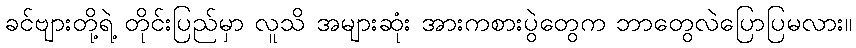
ခင်ဗျားတို့ရဲ့ တိုင်းပြည်မှာ လူသိ အများဆုံး အားကစားပွဲတွေက ဘာတွေလဲပြောပြမလား။